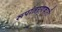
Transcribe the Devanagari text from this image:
रूपांतरणकारी